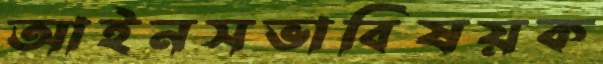
আইনসভাবিষয়ক